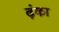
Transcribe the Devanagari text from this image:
ढ़ंका